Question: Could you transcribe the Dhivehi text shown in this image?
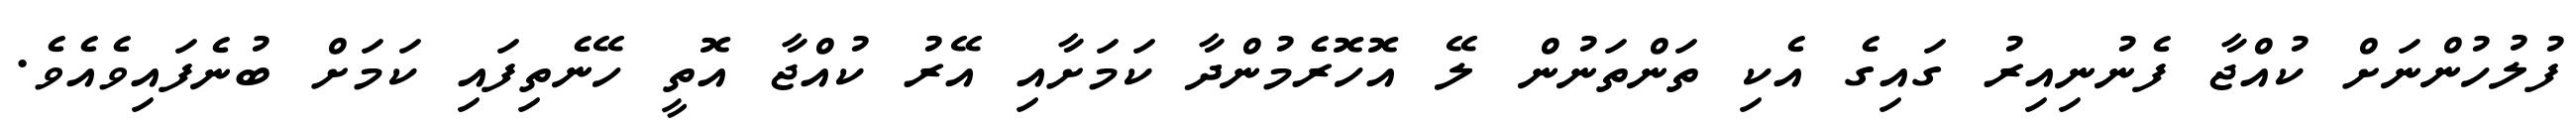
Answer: ފުލުހުންނަށް ކުއްޖާ ފެނުނިއިރު ގައިގެ އެކި ތަންތަނުން ލޭ އޮހޮރެމުންދާ ކަމަށާއި އޭރު ކުއްޖާ އޮތީ ހޭނެތިފައި ކަމަށް ބުނެފައިވެއެވެ.